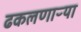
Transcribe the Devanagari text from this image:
ढकलणाऱ्या